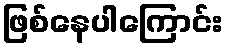
ဖြစ်နေပါကြောင်း